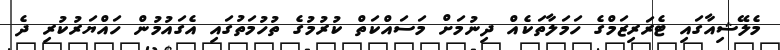
މެލޭޝިއާގައި ޓެރަރިޒަމްގެ ހަމަލާތަކެއް ދިނުމަށް މަސައްކަތް ކުރުމުގެ ތުހުމަތުގައި އެގައުމުން ހައްޔަރުކުރި ދެ